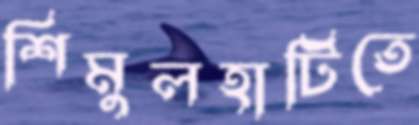
শিমুলহাটিতে